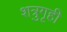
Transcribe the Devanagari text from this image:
शत्रुगृही